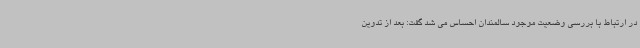
در ارتباط با بررسی وضعیت موجود سالمندان احساس می شد گفت: بعد از تدوین